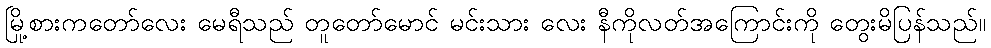
မြို့စားကတော်လေး မေရီသည် တူတော်မောင် မင်းသား လေး နီကိုလတ်အကြောင်းကို တွေးမိပြန်သည်။